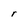
Character: r